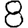
Digit: 8